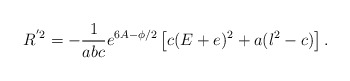
\begin{align*}R^{'2} = - \frac{1}{abc}e^{6A -\phi/2} \left[ c(E+e)^2 + a (l^2 -c) \right].\end{align*}